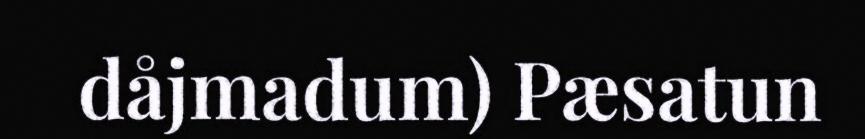
dåjmadum) Pæsatun